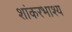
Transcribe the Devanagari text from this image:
शांकरभाश्य